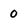
Character: 0